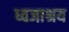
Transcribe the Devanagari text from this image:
ध्वजाश्रय